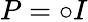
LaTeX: P=\circ I